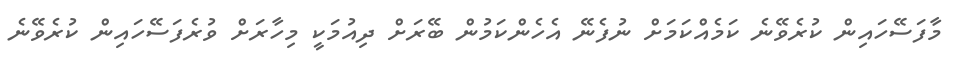
މާފަސޭހައިން ކުރެވޭނެ ކަމެއްކަމަށް ނުފެނޭ އެހެންކަމުން ބޭރަށް ދިއުމަކީ މިހާރަށް ވުރެފަސޭހައިން ކުރެވޭނެ